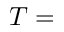
T =